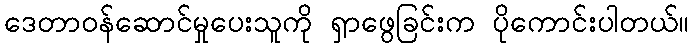
ဒေတာဝန်ဆောင်မှုပေးသူကို ရှာဖွေခြင်းက ပိုကောင်းပါတယ်။